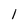
Character: 1